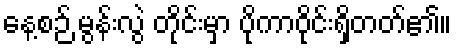
နေ့စဉ် မွန်းလွဲ တိုင်းမှာ ပိုကာဝိုင်းရှိတတ်၏။